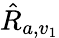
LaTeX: \hat{R}_{a,v_{1}}